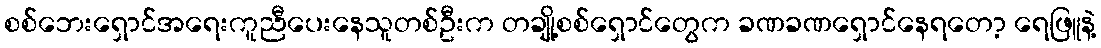
စစ်ဘေးရှောင်အရေးကူညီပေးနေသူတစ်ဦးက တချို့စစ်ရှောင်တွေက ခဏခဏရှောင်နေရတော့ ရေဖြူနဲ့